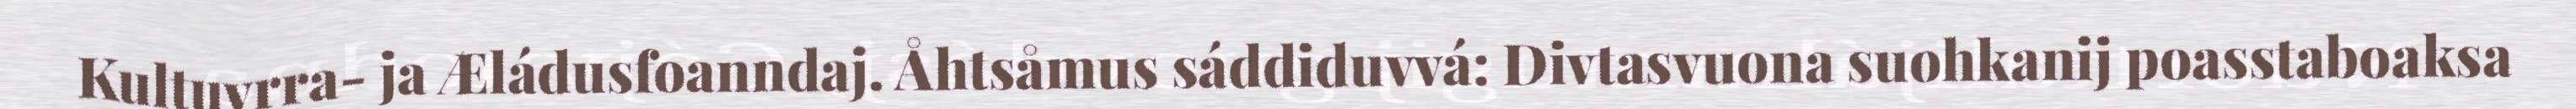
Kultuvrra- ja Æládusfoanndaj. Åhtsåmus sáddiduvvá: Divtasvuona suohkanij poasstaboaksa